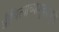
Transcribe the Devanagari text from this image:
औचित्याच्यामुद्द्यामुळे